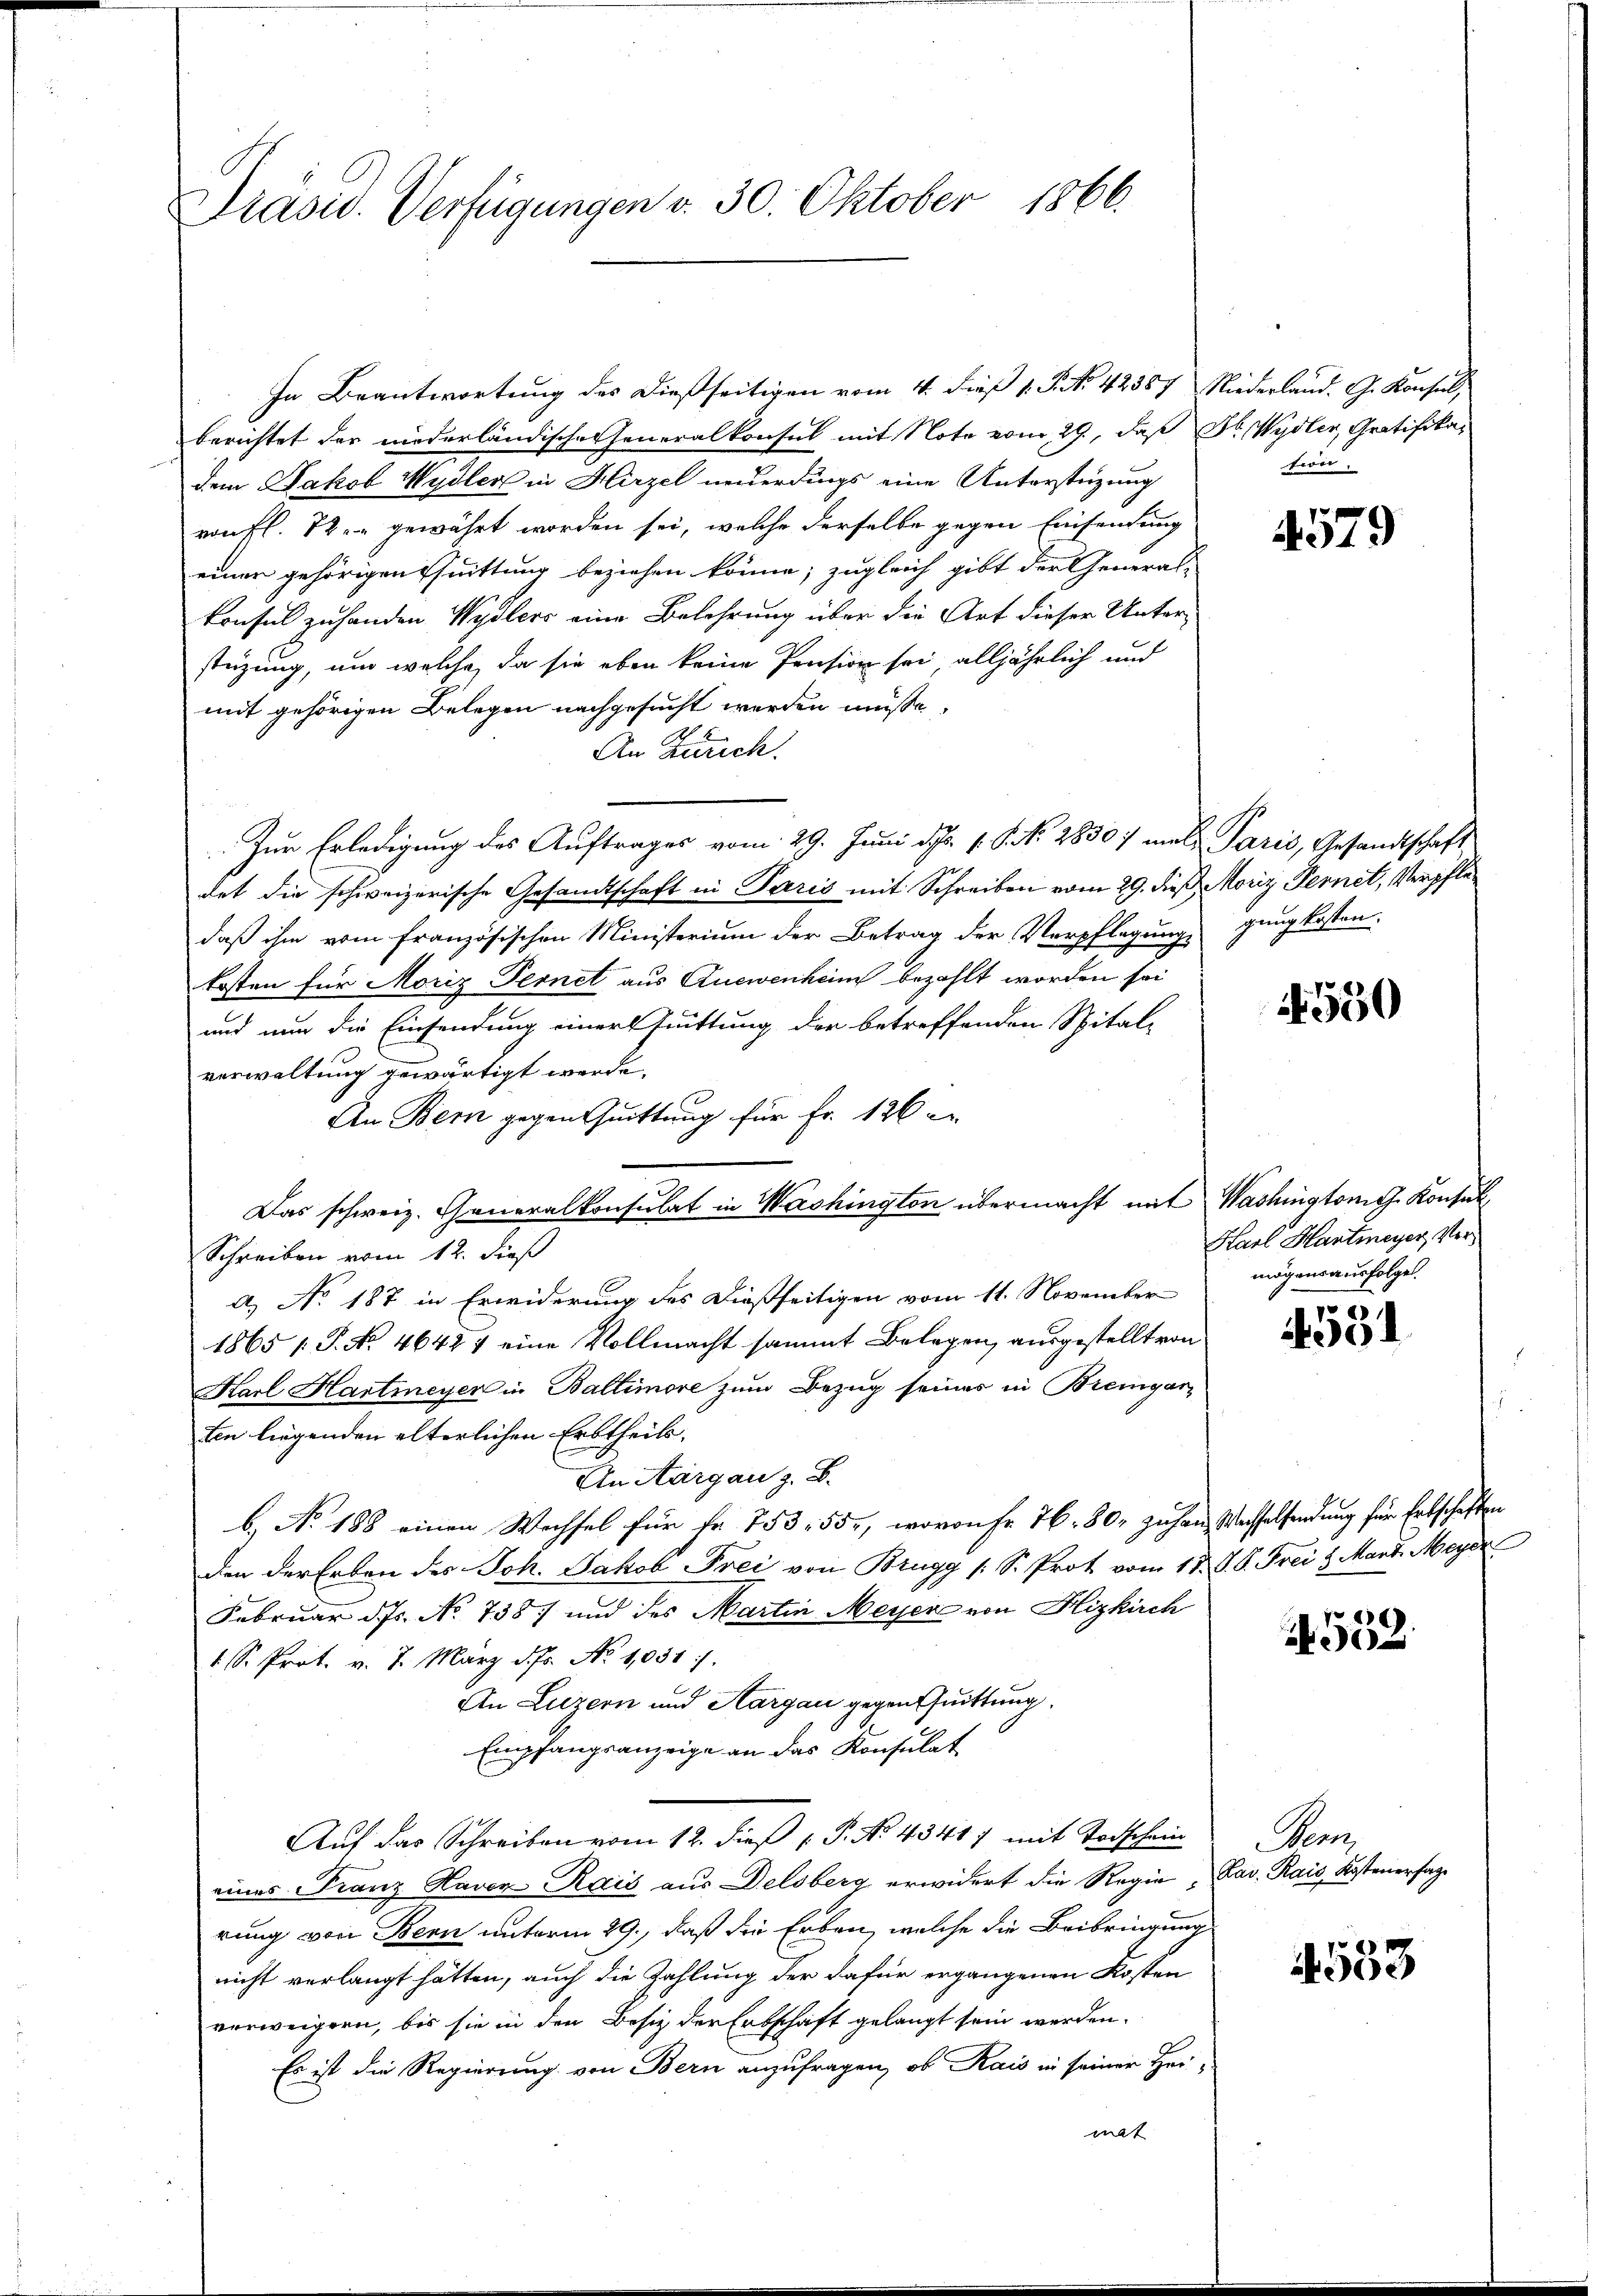
Prasis. Verfügungen v. 30. Oktober 1866

In Beantwortung des dießseitigen vom 4. dieß v. P. Nr. 42357 Niederland. G. Konsul,
berichtet der niederländische Generalkonsul mit Note vom 29., daß Dr. Wydler, Gratifikadem Jakob Wydler in Hirzel neuerdings eine Unterstüzung
von fl. 12. gewährt worden sei, welche derselbe gegen Einsendung
einer gehörigen Thuittung beziehen könne; zugleich gibt der General-
konsul zu handen Wydlers eine Belehrung über die Art dieser Unter-
stüzung, um welche, da sie eben keine Pension sei alljährlich und
mit gehörigen Belegen nachgesucht werden müßte,
An Zürich.
Zur Erledigung des Auftrages vom 29. Juni d. 1. P. N. 28307 mal Paris, Gesandtschaft
det die schweizerische Gesandtschaft in Paris mit Schreiben vom 29. dieß Moriz Fernet, Verpfledaß ihm vom französischen Ministerium der Betrag der Verpflegung gung kosten.
kosten für Moriz Fernet aus Auewenheim bezahlt worden sei
und nun die Einsendung einer suittung der betreffenden Spital-
verwaltung gewärtigt werde.
An Bern gegentuittung für Fr. 126 e
Das schweiz. Generalkonsulat in Washington übermacht mit Washingtons Konsul
Schreiben vom 12. dieß
A.) No 187 in Erwiderung des dießseitigen vom 11. November
1865 f. P. No. 46427 eine Vollmacht sammt Belegen, ausgestellt von
Karl Hartmeyer in Baltimore zum Bezug seines in Bremgar
ten liegenden elterlichen Erbtheils,
An Aargau z. B.
b. No 188 einen Wechsel für Fr. 753. 55, wovon fr. 76. 80, ziehen, Wachselsendung für Erbschaften
den der Erben des Joh. Jakob Frei von Brugg /: S. Prot. vom 15. J. P. Frei & Mart. Meyer
Februar d. Js. No 738) und des Martin Meyer von Hizkirch
1 S. Prot. v. 7. März d. Js. No 1031.
An Luzern und Aargau gegentuittung.
Empfangsanzeige an das Konsulat
Auf das Schreiben vom 12. dieß P. No. 43417 mit Todschein
eines Franz Haven Rais aus Delsberg erwidert die Regie Lav. Rais, Kostenersage
rung von Bern unterm 29., daß die Erben, welche die Beibringung
nicht verlangt hätten, auch die Zahlung der dafür ergangenen Kosten
verweigern, bis sie in den Besitz der Erbschaft gelangt sein werden.
Es ist die Regierung von Bern anzufragen, ob Kais in seiner Heimat

tion.

579

14550

Karl Hartmeyer, Vermögensausfolgen.

g
4501

552.

Penz

4553